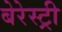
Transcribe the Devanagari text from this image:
बेरेस्ट्री